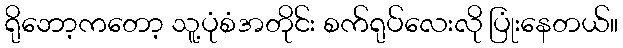
ရိုဘော့ကတော့ သူ့ပုံစံအတိုင်း စက်ရုပ်လေးလို ပြုံးနေတယ်။